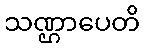
သဏ္ဌာပေတိ